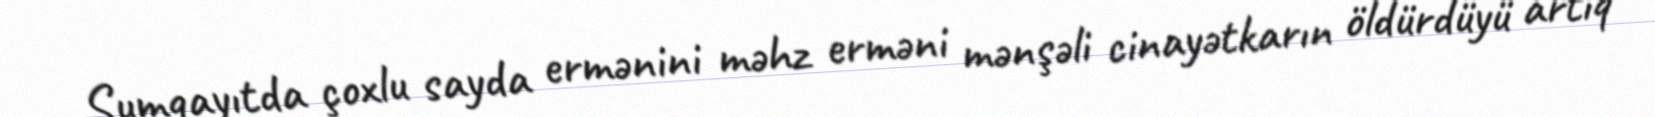
Sumqayıtda çoxlu sayda ermənini məhz erməni mənşəli cinayətkarın öldürdüyü artıq